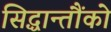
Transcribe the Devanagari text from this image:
सिद्धान्तौंको